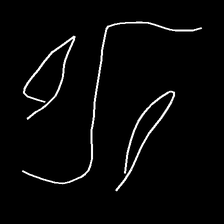
Glyph: water